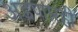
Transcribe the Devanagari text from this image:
अडणारही